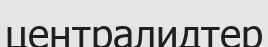
централидтер